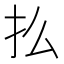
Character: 𢩻